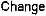
CHANGE